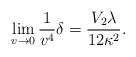
LaTeX: \begin{align*} \lim_{v\rightarrow 0}\frac{1}{v^4}\delta=\frac{V_2\lambda}{12\kappa^2}.\end{align*}